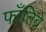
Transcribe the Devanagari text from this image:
फाँतिब्रे